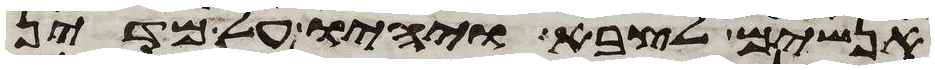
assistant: אנשים לצבא ויהיו על מדין